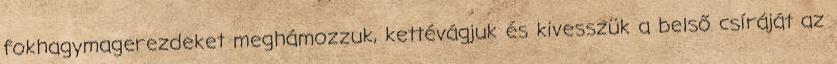
fokhagymagerezdeket meghámozzuk, kettévágjuk és kivesszük a belső csíráját az